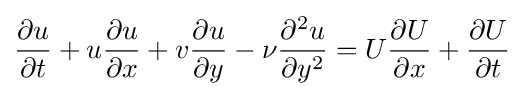
{\frac {\partial u}{\partial t}}+u{\frac {\partial u}{\partial x}}+v{\frac {\partial u}{\partial y}}-\nu {\frac {\partial ^{2}u}{\partial y^{2}}}=U{\frac {\partial U}{\partial x}}+{\frac {\partial U}{\partial t}}